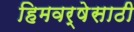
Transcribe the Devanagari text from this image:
हिमवर्षेसाठी